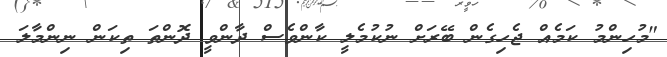
"މުހިންމު ކަމެއް ޖެހިގެން ބޭރަށް ނުކުމެލީ ކާންވެސް ދާންވީ ދޮންތަ ތިކަން ނިންމާލަ